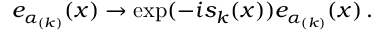
e _ { \alpha _ { ( k ) } } ( x ) \rightarrow \exp ( - i s _ { k } ( x ) ) e _ { \alpha _ { ( k ) } } ( x ) \, .